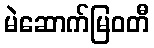
မဲဆောက်မြဝတီ